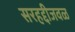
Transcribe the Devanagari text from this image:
सरहद्दीजवळ